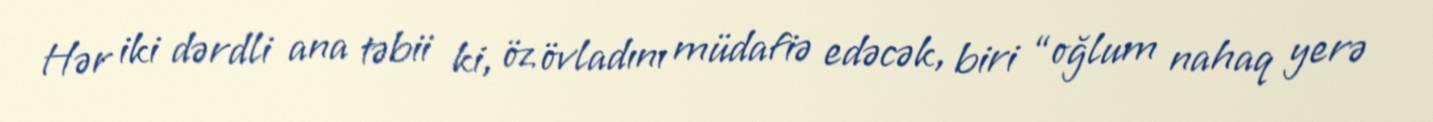
Hər iki dərdli ana təbii ki, öz övladını müdafiə edəcək, biri “oğlum nahaq yerə